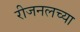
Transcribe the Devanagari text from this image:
रीजनलच्या